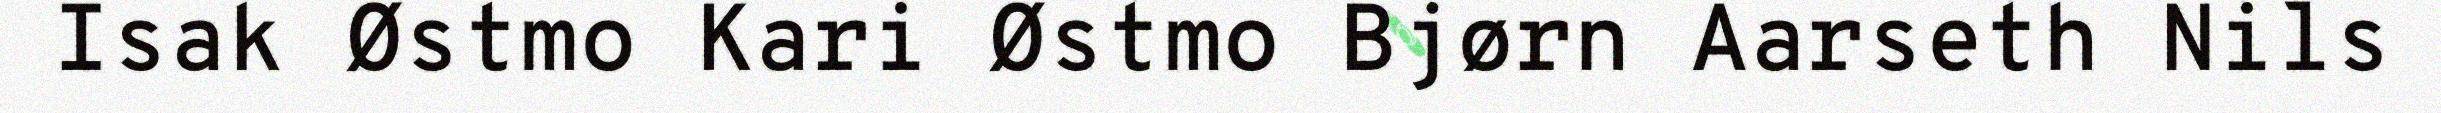
Isak Østmo Kari Østmo Bjørn Aarseth Nils